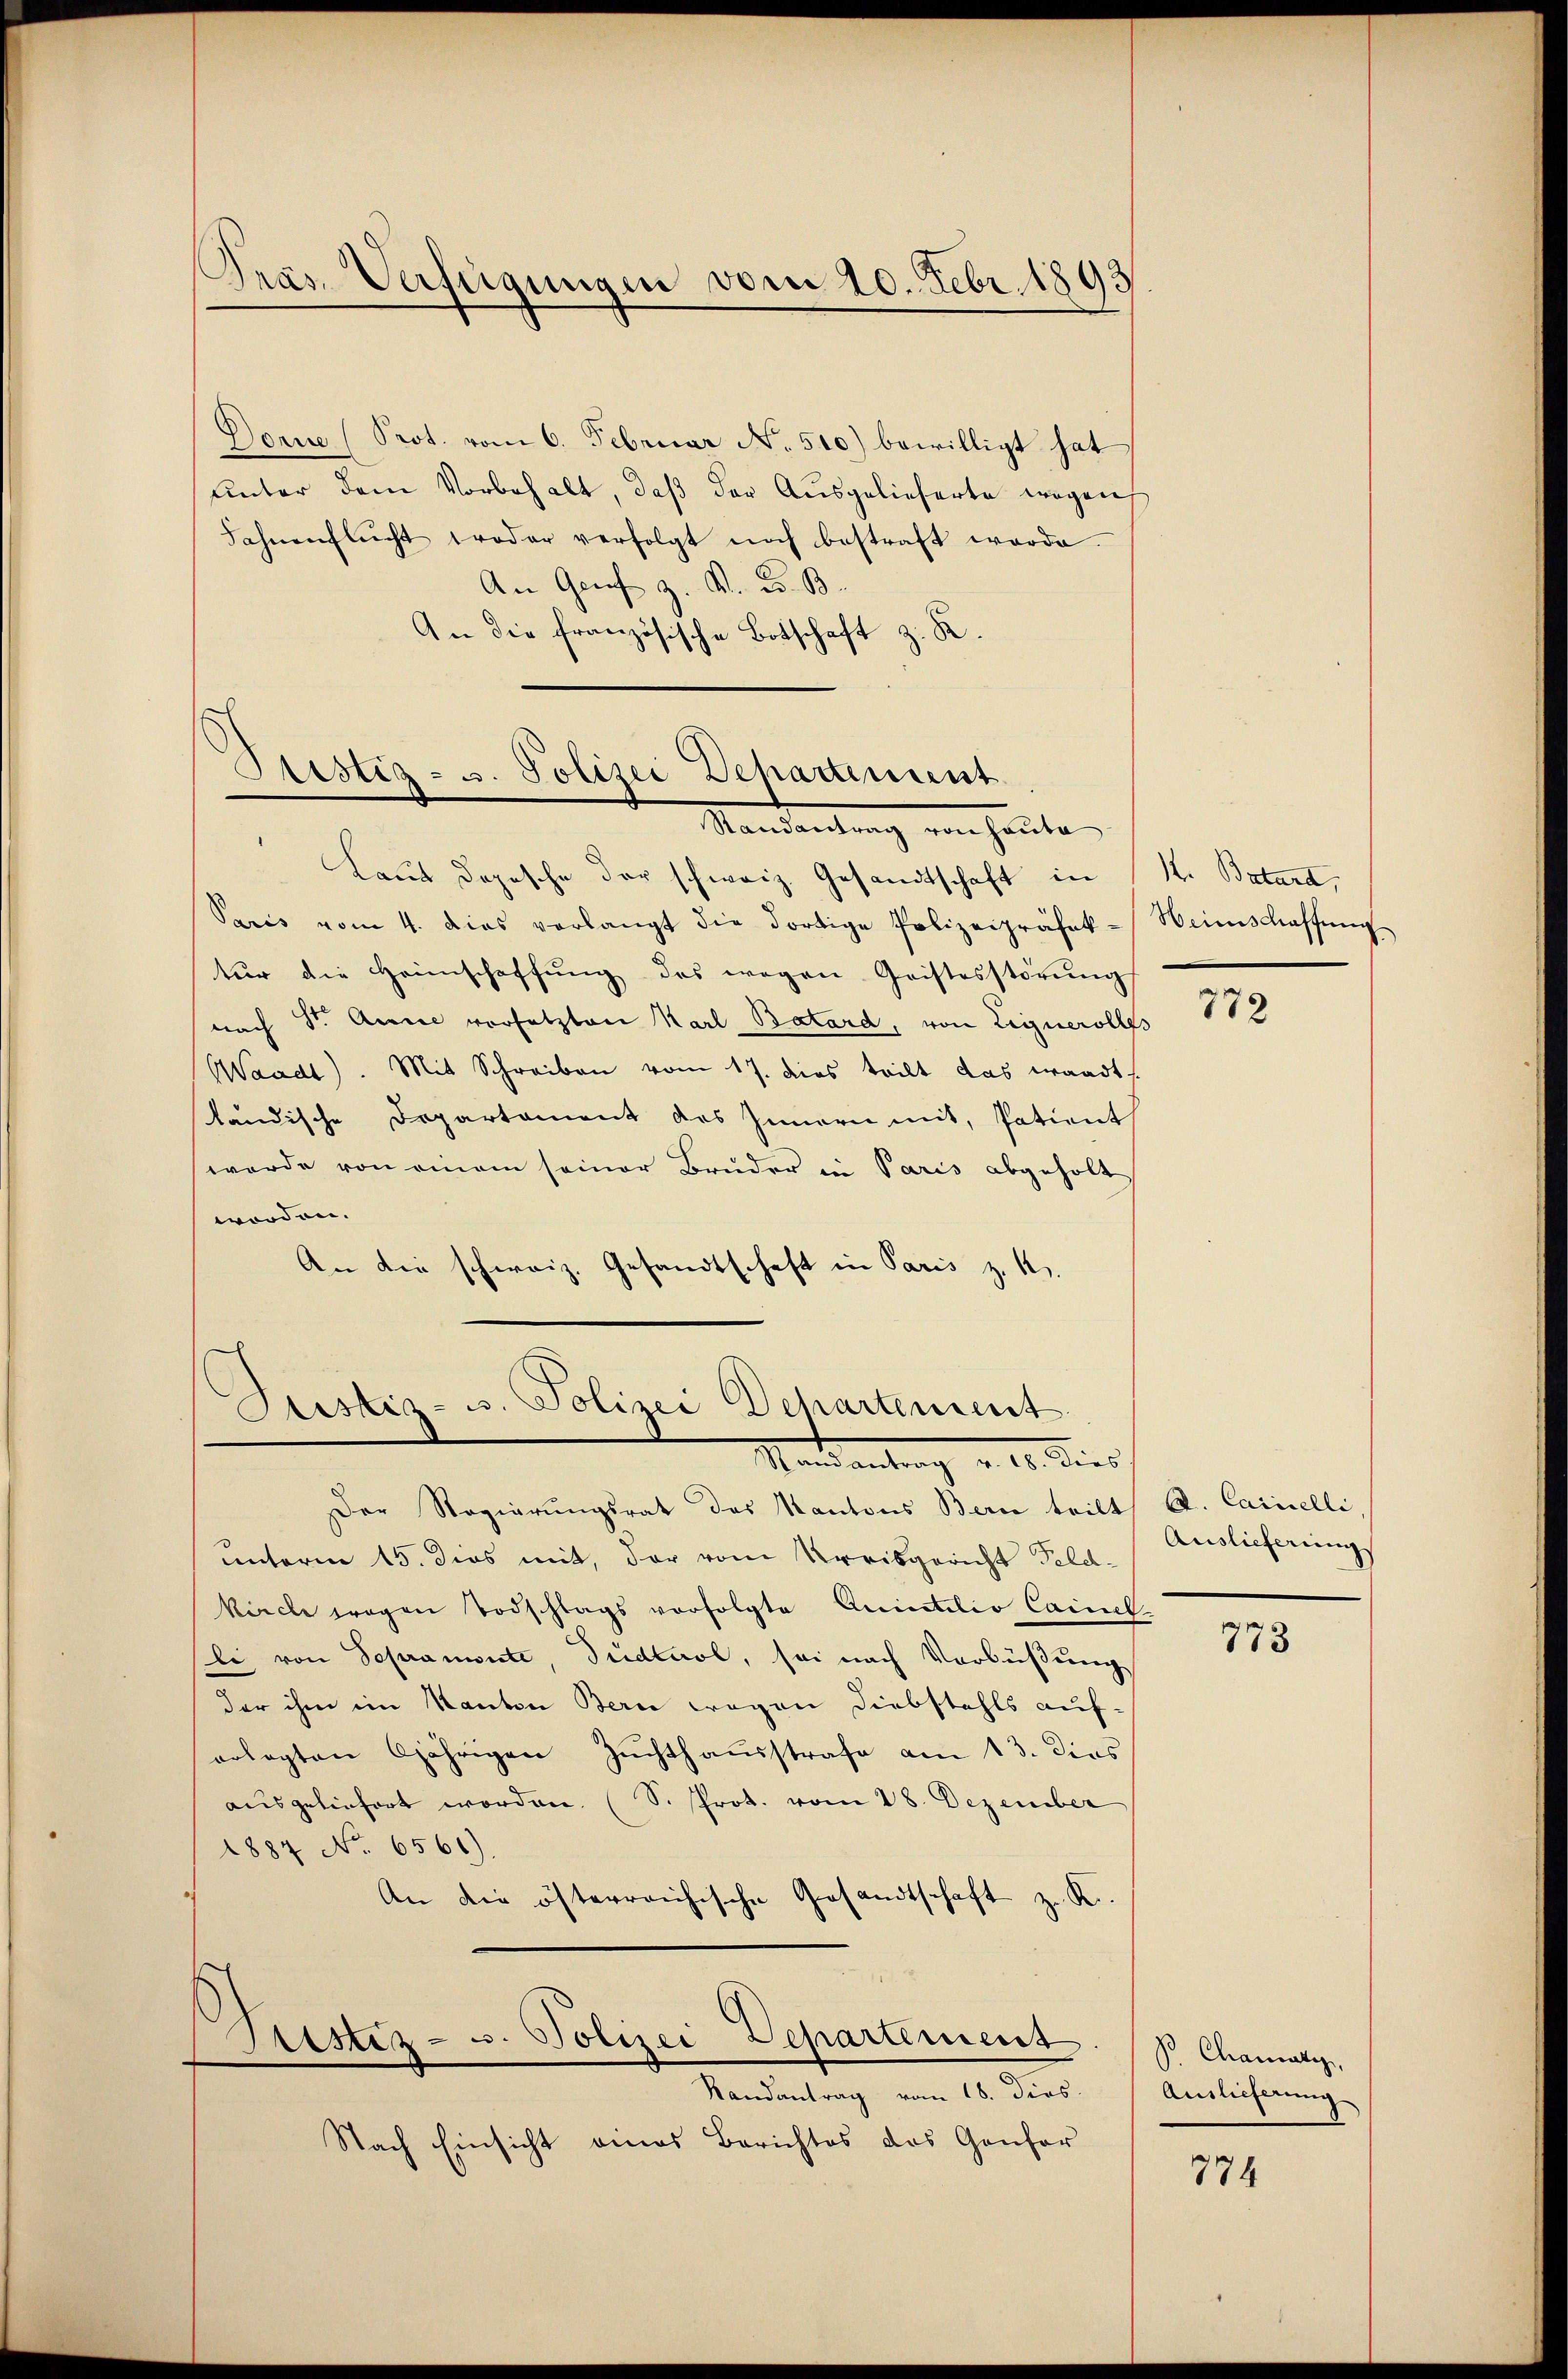
.
Pras. Verfügungen vom 20. Febr. 1893

Dorie (Prot. vom 6. Februar No. 510) bewilligt hat
unter dem Vorbehalt, daß der Ausgelieferte wegen
Fahnenflŭcht troder verfolgt noch bestraft werde.
An Genf z. K. K. B.
An die französische Botschaft z. R.

Justiz- u. Polizei Departement
Mandantung von heute

Justiz- u. Polizei Departement
Stand dies

Der Regierungsrat des Kantons Bern teilt
unterm 15. dies mit, der vom Kreisgericht Feld-
kirche wegen Todschlags verfolgte Anicatilio Cancel
sli von Schramonte, Dudlaol, sei nach Verbüßung
der ihm im Kanton Bern wegen Diebstahls auf-
erlegten 6jährigen Zuchthausstrafe am 13. dies
ausgeliefert worden. (S. Prot. vom 28. Dezember
1887 No 6566).
An die österreichische Gesandtschaft z. R.

Ristiz- u. Polizei Departement
Randantrag vom 18. dies. Auslieferung

Nach Einsicht eines Berichtes das Genfor

Laut dopesche der schweiz. Gesandtschaft in K. Batard,
Paris vom 4. dies verlangt die dortige Polizeipräsek-Weinschaffŭng
tur die Heimschaffŭng des wegen Gristesstörŭng
nach St. Annie versetzten Karl Batard, von Lignerolles
Waadt). Mit Schreiben vom 17. dies teilt das waadt-
ständische Departament des Innern mit, Patient
werde von einem seiner Bruder in Paris abgeholt
worden.
An die schweiz. Gesandtschaft in Paris z. K.

778

A. Cancelli
Auslieferung

773

P. Charak

774